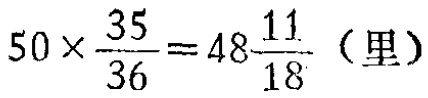
\(50\times\frac{35}{36}=48\frac{11}{18}（里）\)